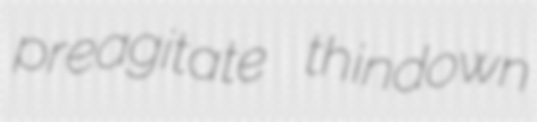
preagitate thindown